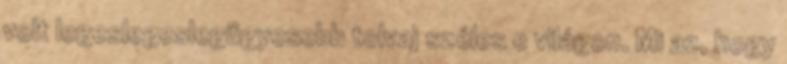
volt legeslegeslegügyesebb tolvaj széles e világon. Mi az, hogy